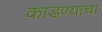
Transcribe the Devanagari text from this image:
काडण्याचा